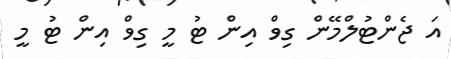
އަ ޖެންޓުލްމޭން ގިވް އިން ޓު މީ ގިވް އިން ޓު މީ